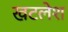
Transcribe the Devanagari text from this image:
खटलेश